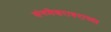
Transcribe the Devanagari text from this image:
संगमेश्वरावराच्या